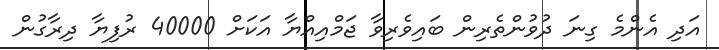
އަދި އެންމެ ގިނަ ދުވުންތެރިން ބައިވެރިވާ ޖަމްއިއްޔާ އަކަށް 40000 ރުފިޔާ ދިރާގުން